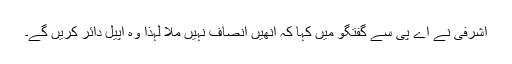
اشرفی نے اے پی سے گفتگو میں کہا کہ انھیں انصاف نہیں ملا لہٰذا وہ اپیل دائر کریں گے۔